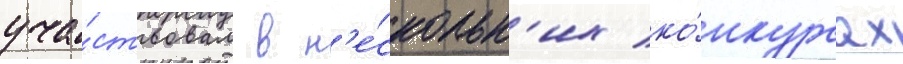
уча́ствовал в н'е́скольк'их ко́нкурсах